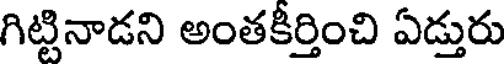
గిట్టినాడని అంతకీర్తించి ఏడ్తురు